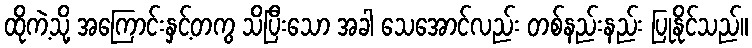
ထိုကဲ့သို့ အကြောင်းနှင့်တကွ သိပြီးသော အခါ သေအောင်လည်း တစ်နည်းနည်း ပြုနိုင်သည်။